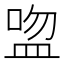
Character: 𥁴